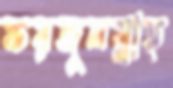
ফয়জুলল্লাহ